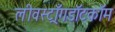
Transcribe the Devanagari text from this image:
लीवस्ट्राँगडॉटकॉम